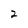
Character: 2